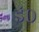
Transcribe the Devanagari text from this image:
इं०